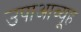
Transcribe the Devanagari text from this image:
उपाआव्यूह